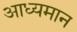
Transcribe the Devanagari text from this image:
आध्यमान